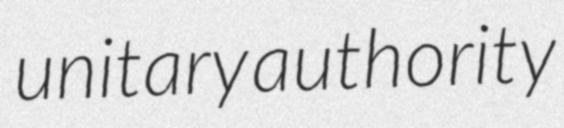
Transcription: unitary authority